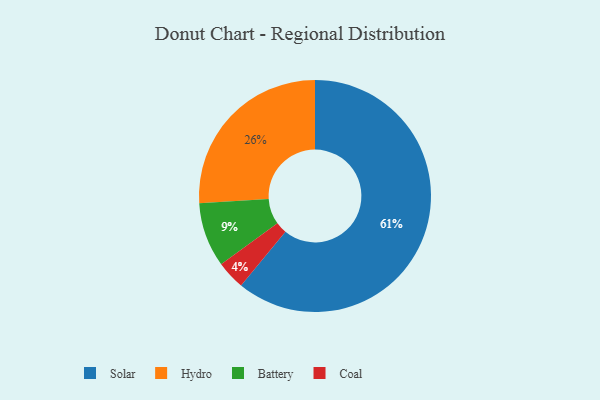
{"axis": {"x": "Category", "y": "Percentage"}, "legend": ["Battery", "Coal", "Hydro", "Solar"], "data": [{"x": "Coal", "y": 4, "type": "Coal"}, {"x": "Hydro", "y": 26, "type": "Hydro"}, {"x": "Battery", "y": 9, "type": "Battery"}, {"x": "Solar", "y": 61, "type": "Solar"}]}